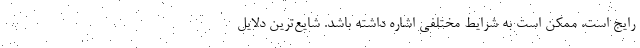
رایج است، ممکن است به شرایط مختلفی اشاره داشته باشد. شایع‌ترین دلایل